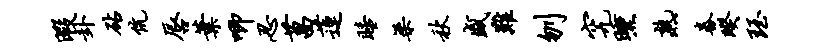
暇卦砧伉唇叶唧忍菖莲睡梁秋盛难刎究曛熟舂暌珏